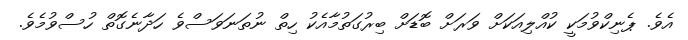
އެވެ. ޕެނިކްވުމަކީ ކުއްލިއަކަށް ވަރަށް ބޮޑަށް ބިރުގަތުމާއެކު ހިތް ނުތަނަވަސްވެ ހަދާނެގޮތް ހުސްވުމެވެ.